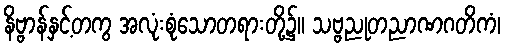
နိဗ္ဗာန်နှင့်တကွ အလုံးစုံသောတရားတို့၌။ သဗ္ဗညုတညာဏဂတိကံ၊